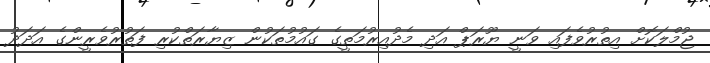
ޖުމްލަކޮށް އިތުރުވެފައި ވަނީ ޔޫރަޕް އަދި މެދުއިރުމަތީގެ ގައުމުތަކުން ޒިޔާރަތްކުރި ފަތުރުވެރީންގެ އަދަދު